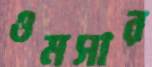
ওমসার